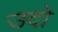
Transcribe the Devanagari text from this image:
उदो